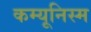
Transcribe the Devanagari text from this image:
कम्यूनिस्म